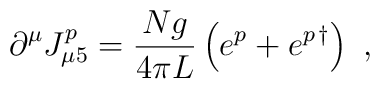
\partial^\mu J_{\mu 5}^p =\frac{Ng}{4\pi L} \left(e^p+e^{p\, \dagger}\right)\ ,